King Institute of Preventive Medicine Micro-Biological Section reports 1912-19
Year: 1912
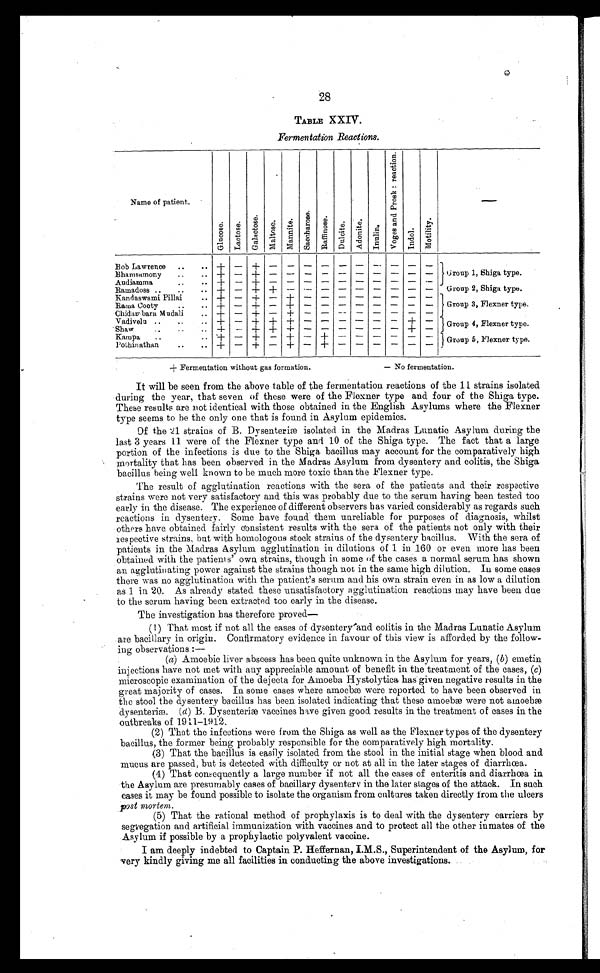
+ Fermentation without gas formation.
- No fermentation.
28
TABLE XXIV.
Fermentation Reactions.
Name of patient.
G l u c o s e .
L a c t o s e .
G a l a c t o s e .
M a l t o s e .
M a n n i t e .
S a c c h a r o s e .
R a f f i n o s e .
D u l c i t e .
A d o n i t e .
I nul i n.
V o g e s a n d P r o s k : r a c t i o n .
I n d o l .
M o t i l i t y .
—
Bob Lawrence . . .
+
-
+
-
-
-
-
-
- - -
-
-
Group 1, Shiga type.
Bhamsamony . . .
+
-
+
-
-
-
- -
- - -
-
-
Audiamma . . .
+
- + -
- -
- -
- - -
-
-
Ramadoss . . .
+
-
+ +
-
-
-
-
-
- -
-
-
Group 2, Shiga type.
Kandaswami Pillai . . .
+
-
+
- + -
-
-
- - -
-
-
Group 3, Flexner type.
Rama Cooty . . .
+
-
+
-
+
-
-
-
-
- -
-
-
Chidan bara Mudali . . .
+
-
+
-
+
-
-
-
-
- -
-
-
Vadivelu . . .
+
-
+ + +
-
-
-
- - -
+
-
Group 4, Flexner type.
Shaw . . .
+
-
+
+
+
-
-
-
-
- -
+
-
Kampa . . .
+
-
+
-
+
-
+
-
-
- -
-
-
Group 5, Fl exner type.
Pothinathan . . .
+
-
+
-
+
-
+
-
-
- -
-
-
It will be seen from the above table of the fermentation reactions of the 11 strains isolated
during the year, that seven of these were of the Flexner type and four of the Shiga type.
These results are not identical with those obtained in the English Asylums where the Flexner
type seems to be the only one that is found in Asylum epidemics.
Of t h e 2 1 s t r a i n s o f B. Dy s e n t e r i æ i s o l a t e d i n t h e Ma d r a s L u n a t i c As y l u m d u r i n g t h e
last 3 years 11 were of the Flexner type and 10 of the Shiga type. The fact that a large
portion of the infections is due to the Shiga bacillus may account for the comparatively high
mortality that has been observed in the Madras Asylum from dysentery and colitis, the Shiga
bacillus being well known to be much more toxic than the Flexner type.
The result of agglutination reactions with the sera of the patients and their respective
strains were not very satisfactory and this was probably due to the serum having been tested too
early in the disease. The experience of different observers has varied considerably as regards such
reactions in dysentery. Some have found them unreliable for purposes of diagnosis, whilst
others have obtained fairly consistent results with the sera of the patients not only with their
respective strains, but with homologous stock strains of the dysentery bacillus. With the sera of
patients in the Madras Asylum agglutination in dilutions of 1 in 160 or even more has been
obtained with the patients' own strains, though in some of the cases a normal serum has shown
an agglutinating power against the strains though not in the same high dilution. In some cases
there was no agglutination with the patient's serum and his own strain even in as low a dilution
as 1 in 20. As already stated these unsatisfactory agglutination reactions may have been due
to the serum having been extracted too early in the disease.
The investigation has therefore proved
—
(l) That most if not all the cases of dysentery and colitis in the Madras Lunatic Asylum
are bacillary in origin. Confirmatory evidence in favour of this view is afforded by the follow
-
ing observations:—
( a) Amoebic liver abscess has been quite unknown in the Asylum for years, ( b) emetin
injections have not met with any appreciable amount of benefit in the treatment of the cases, (c)
microscopic examination of the dejecta for Amoeba Hystolytica has given negative results in the
great majority of cases. In some cases where amoebæ were reported to have been observed in
the stool the dysentery bacillus has been isolated indicating that these amoebæ were not amoebæ
dysenteriæ. ( d ) B. Dysenteriæ vaccines have given good results in the treatment of cases in the
outbreaks of 1911-1912.
(2) That the infections were from the Shiga as well as the Flexner types of the dysentery
bacillus, the former being probably responsible for the comparatively high mortality.
(3) That the bacillus is easily isolated from the stool in the initial stage when blood and
mucus are passed, but is detected with difficulty or not at all in the later stages of diarrhœa.
(4) That consequently a large number if not all the cases of enteritis and diarrhœa in
the Asylum are presumably cases of bacillary dysentery in the later stages of the attack. In such
eases it may be found possible to isolate the organism from cultures taken directly from the ulcers
post mortem.
(5) That the rational method of prophylaxis is to deal with the dysentery carriers by
s e g r e g a t i o n a n d a r t i f i c i a l i m m u n i z a t i o n w i t h v a c c i n e s a n d t o p r o t e c t a l l t h e o t h e r i n m a t e s o f t h e
Asylum if possible by a prophylactic polyvalent vaccine.
I am deeply indebted to Captain P. Heffernan, I.M.S., Superintendent of the Asylum, for
very kindly giving me all facilities in conducting the above investigations.